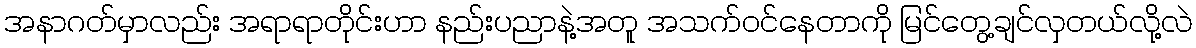
အနာဂတ်မှာလည်း အရာရာတိုင်းဟာ နည်းပညာနဲ့အတူ အသက်ဝင်နေတာကို မြင်တွေ့ချင်လှတယ်လို့လဲ